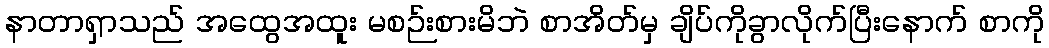
နာတာရှာသည် အထွေအထူး မစဉ်းစားမိဘဲ စာအိတ်မှ ချိပ်ကိုခွာလိုက်ပြီးနောက် စာကို